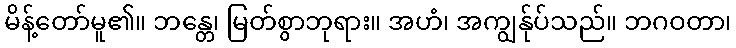
မိန့်တော်မူ၏။ ဘန္တေ၊ မြတ်စွာဘုရား။ အဟံ၊ အကျွန်ုပ်သည်။ ဘဂဝတာ၊